Insane asylums in Bengal annual reports 1867-1875 - 1867-1875
Year: 1867
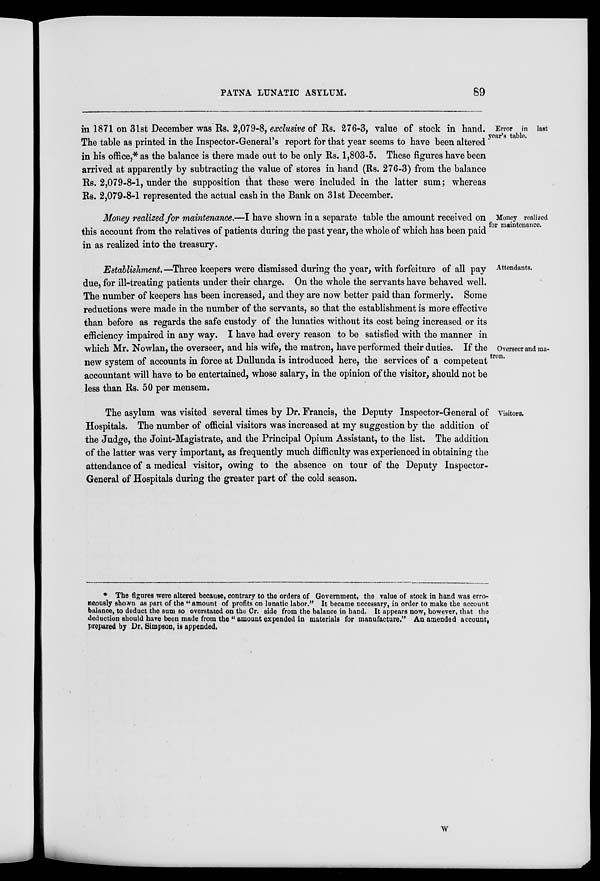
PATNA LUNATIC ASYLUM.
89
Error in last
year's table.
in 1871 on 31st December was Rs. 2,079-8, exclusive of Rs. 276-3, value of stock in hand.
The table as printed in the Inspector-General's report for that year seems to have been altered
in his office,* as the balance is there made out to be only Rs. 1,803-5. These figures have been
arrived at apparently by subtracting the value of stores in hand (Rs. 276-3) from the balance
Rs. 2,079-8-1, under the supposition that these were included in the latter sum; whereas
Rs. 2,079-8-1 represented the actual cash in the Bank on 31st December.
Money realized
for maintenance.
Money realized for maintenance.—I have shown in a separate table the amount received on
this account from the relatives of patients during the past year, the whole of which has been paid
in as realized into the treasury.
Attendants.
Overseer and ma-
tron.
Establishment.—Three keepers were dismissed during the year, with forfeiture of all pay
due, for ill-treating patients under their charge. On the whole the servants have behaved well.
The number of keepers has been increased, and they are now better paid than formerly. Some
reductions were made in the number of the servants, so that the establishment is more effective
than before as regards the safe custody of the lunatics without its cost being increased or its
efficiency impaired in any way. I have had every reason to be satisfied with the manner in
which Mr. Nowlan, the overseer, and his wife, the matron, have performed their duties. If the
new system of accounts in force at Dullunda is introduced here, the services of a competent
accountant will have to be entertained, whose salary, in the opinion of the visitor, should not be
less than Rs. 50 per mensem.
Visitors.
The asylum was visited several times by Dr. Francis, the Deputy Inspector-General of
Hospitals. The number of official visitors was increased at my suggestion by the addition of
the Judge, the Joint-Magistrate, and the Principal Opium Assistant, to the list. The addition
of the latter was very important, as frequently much difficulty was experienced in obtaining the
attendance of a medical visitor, owing to the absence on tour of the Deputy Inspector-
General of Hospitals during the greater part of the cold season.
* The figures were altered because, contrary to the orders of Government, the value of stock in hand was erro-
neously shown as part of the " amount of profits on lunatic labor." It became necessary, in order to make the account
balance, to deduct the sum so overstated on the Cr. side from the balance in hand. It appears now, however, that the
deduction should have been made from the " amount expended in materials for manufacture." An amended account,
prepared by Dr. Simpson, is appended.
W